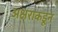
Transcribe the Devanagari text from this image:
अक्षराकडून